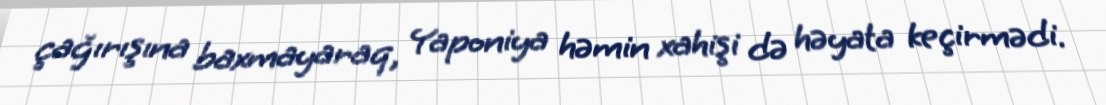
çağırışına baxmayaraq, Yaponiya həmin xahişi də həyata keçirmədi.